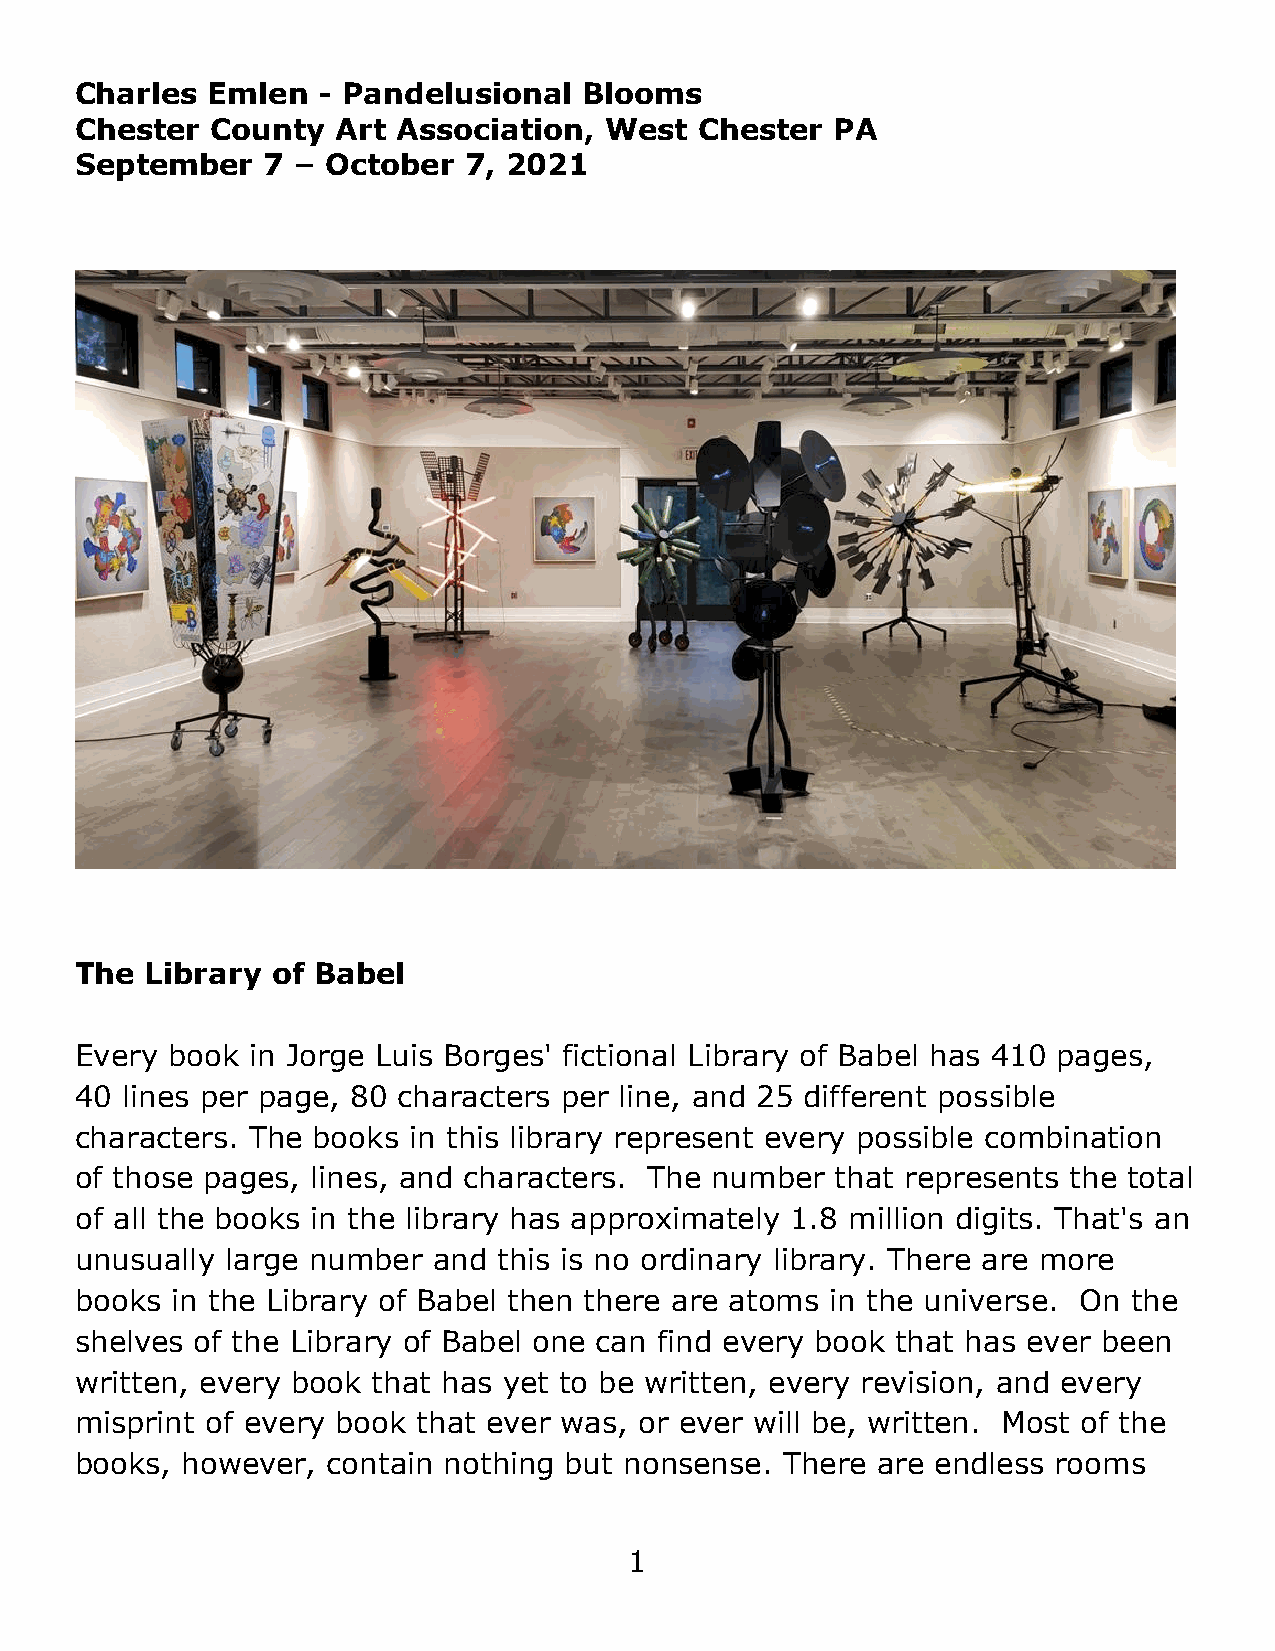
Charles  Emlen  - Pandelusional   Blooms
 Chester  County  Art Association,  West  Chester  PA
 September   7 –  October  7, 2021
 The  Library of Babel
 Every book  in Jorge Luis Borges' fictional Library of Babel has 410 pages,
 40 lines per page, 80 characters per line, and 25 different possible
 characters. The books in this library represent every possible combination
 of those pages, lines, and characters. The number that represents the total
 of all the books in the library has approximately 1.8 million digits. That's an
 unusually large number  and this is no ordinary library. There are more
 books in the Library of Babel then there are atoms in the universe. On the
 shelves of the Library of Babel one can find every book that has ever been
 written, every book that has yet to be written, every revision, and every
 misprint of every book that ever was, or ever will be, written. Most of the
 books, however,  contain nothing but nonsense. There are endless rooms
 1